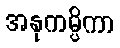
အနုကမ္ပိကာ